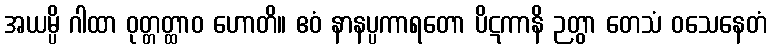
အယမ္ပိ ဂါထာ ဝုတ္တတ္ထာဝ ဟောတိ။ ဧဝံ နာနပ္ပကာရတော ပိဋကာနိ ဉတွာ တေသံ ဝသေနေတံ